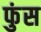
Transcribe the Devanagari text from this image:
फुंस